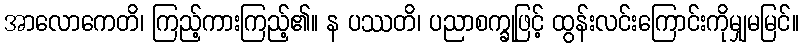
အာလောကေတိ၊ ကြည့်ကားကြည့်၏။ န ပဿတိ၊ ပညာစက္ခုဖြင့် ထွန်းလင်းကြောင်းကိုမျှမမြင်။